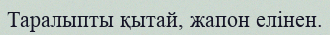
Таралыпты қытай, жапон елінен.